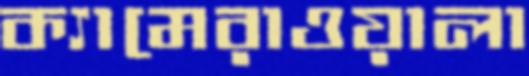
ক্যামেরাওয়ালা